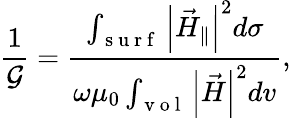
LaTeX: \frac{1}{\mathcal{G}}=\frac{\int_{\mathrm{~s~u~r~f~}}\left|\vec{H}_{\parallel}\right|^{2}d\sigma}{\omega\mu_{0}\int_{\mathrm{~v~o~l~}}\left|\vec{H}\right|^{2}dv},